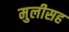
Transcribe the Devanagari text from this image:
मुलीसह